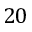
2 0